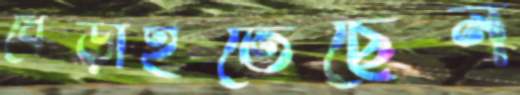
ধেব্‌ড়াইতেছেন